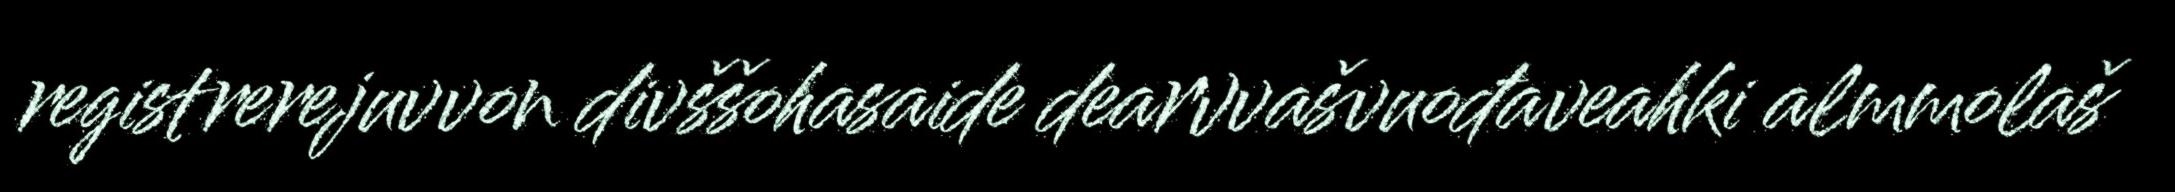
registrerejuvvon divššohasaide dearvvašvuođaveahki almmolaš